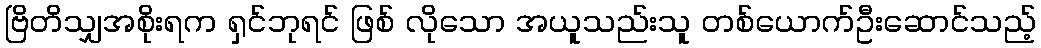
ဗြိတိသျှအစိုးရက ရှင်ဘုရင် ဖြစ် လိုသော အယူသည်းသူ တစ်ယောက်ဦးဆောင်သည့်